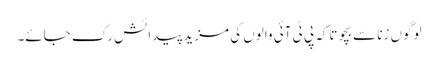
لوگوں زنا سے بچو تاکہ پی ٹی آئی والوں کی مزید پیدائش رک جائے۔